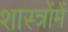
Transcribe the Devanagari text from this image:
शास्‍त्रोंमें